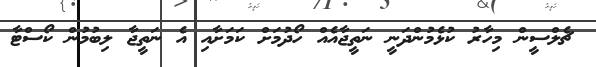
ޗެލްސީން މިހާރު ކުޅެމުންދަނީ ނަތީޖާއެއް ހޯދުމަށް ކަމަށާއި އެ ނަތީޖާ ލިބުމުން ކޯސްޓާ